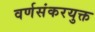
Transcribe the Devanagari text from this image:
वर्णसंकरयुक्त